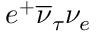
e ^ { + } \overline { { \nu } } _ { \tau } \nu _ { e }